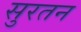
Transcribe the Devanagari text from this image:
सुरतन